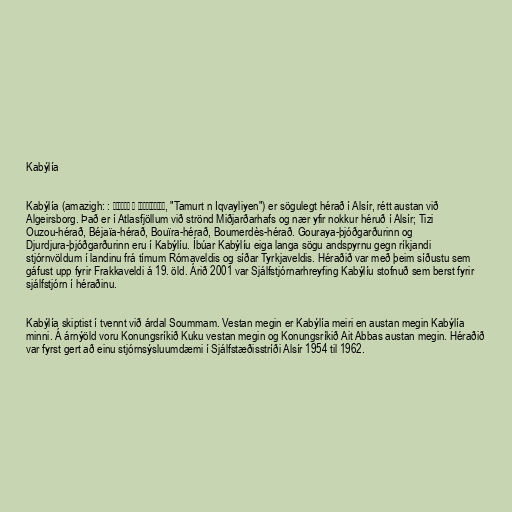
Kabýlía

Kabýlía (amazigh: : ⵜⴰⵎⵓⵔⵜ ⵏ ⵉⵇⴱⴰⵢⵍⵉⵢⴻⵏ, "Tamurt n Iqvayliyen") er sögulegt hérað í Alsír, rétt austan við
Algeirsborg. Það er í Atlasfjöllum við strönd Miðjarðarhafs og nær yfir nokkur héruð í Alsír; Tizi
Ouzou-hérað, Béjaïa-hérað, Bouïra-hérað, Boumerdès-hérað. Gouraya-þjóðgarðurinn og
Djurdjura-þjóðgarðurinn eru í Kabýlíu. Íbúar Kabýlíu eiga langa sögu andspyrnu gegn ríkjandi
stjórnvöldum í landinu frá tímum Rómaveldis og síðar Tyrkjaveldis. Héraðið var með þeim síðustu sem
gáfust upp fyrir Frakkaveldi á 19. öld. Árið 2001 var Sjálfstjórnarhreyfing Kabýlíu stofnuð sem berst fyrir
sjálfstjórn í héraðinu.

Kabýlía skiptist í tvennt við árdal Soummam. Vestan megin er Kabýlía meiri en austan megin Kabýlía
minni. Á árnýöld voru Konungsríkið Kuku vestan megin og Konungsríkið Ait Abbas austan megin. Héraðið
var fyrst gert að einu stjórnsýsluumdæmi í Sjálfstæðisstríði Alsír 1954 til 1962.